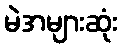
မဲအများဆုံး